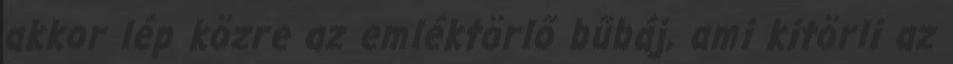
akkor lép közre az emléktörlő bűbáj, ami kitörli az